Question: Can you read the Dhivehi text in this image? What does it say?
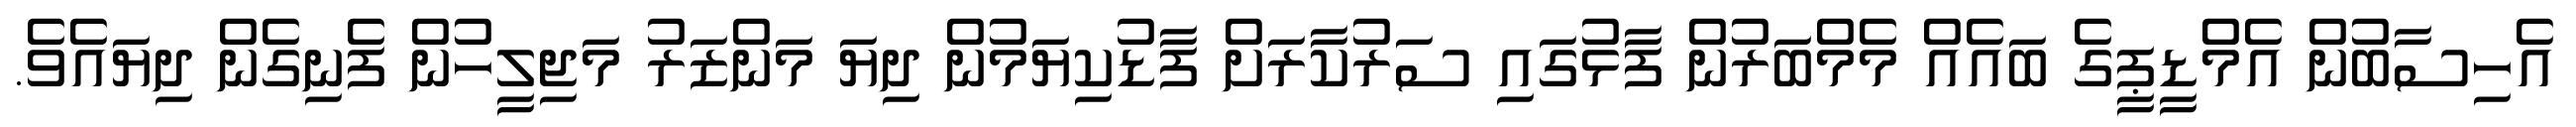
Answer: އެހިސާބުން އެމްޑީޕީގެ ބައެއް މެމްބަރުން ފާޅުގައި ސަރުކާރަށް ފާޑުކިޔަމުން ދިޔަ މަންޒަރު މަޖިލީހުން ފެނިގެން ދިޔައެވެ.